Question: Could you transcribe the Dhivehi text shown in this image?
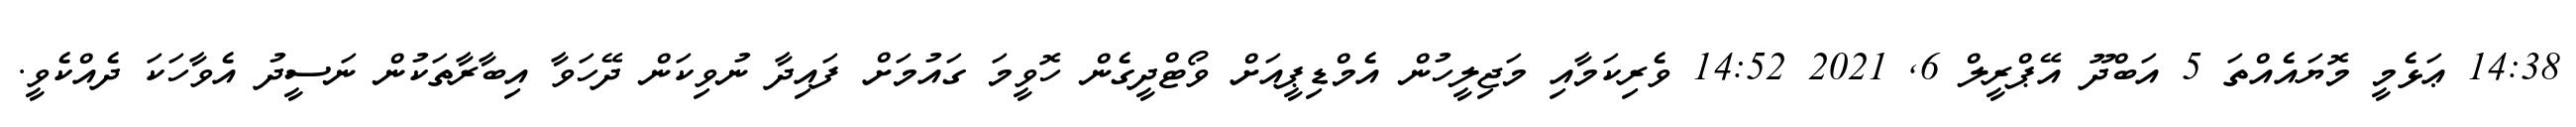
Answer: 14:38 ޢަޅެމީ މޮޔައެއްތަ 5 އަބްދޫ އޭޕްރީލް 6, 2021 14:52 ވެރިކަމާއި މަޖިލީހުން އެމްޑިޕީއަށް ވޯޓްދީގެން ހޮވީމަ ގައުމަށް ފައިދާ ނުވިކަން ދޭހަވާ އިބާރާތަކުން ނަސީދު އެވާހަކަ ދެއްކެވީ.